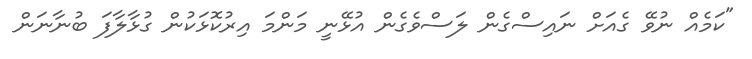
"ކަމެއް ނުވޭ ގެއަށް ނައިސްގެން ލަސްވެގެން އުޅޭނީ މަންމަ އިރުކޮޅަކުން ގުޅާލާފަ ބުނާނަން